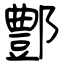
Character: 鄷